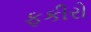
ફકીરો